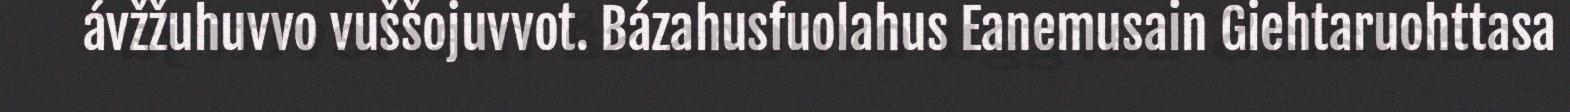
ávžžuhuvvo vuššojuvvot. Bázahusfuolahus Eanemusain Giehtaruohttasa